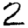
Digit: 2